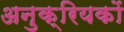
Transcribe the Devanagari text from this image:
अनुक्रियकों